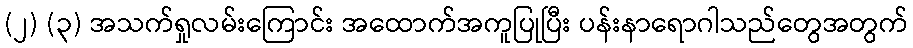
(၂) (၃) အသက်ရှုလမ်းကြောင်း အထောက်အကူပြုပြီး ပန်းနာရောဂါသည်တွေအတွက်